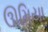
ઊમિયા